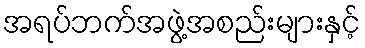
အရပ်ဘက်အဖွဲ့အစည်းများနှင့်